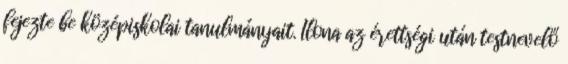
fejezte be középiskolai tanulmányait. Ilona az érettségi után testnevelő